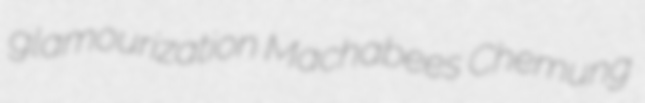
glamourization Machabees Chemung